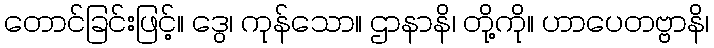
တောင်ခြင်းဖြင့်။ ဒွေ၊ ကုန်သော။ ဌာနာနိ၊ တို့ကို။ ဟာပေတဗ္ဗာနိ၊